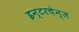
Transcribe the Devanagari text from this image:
इन्टरचेन्ज